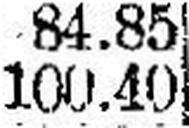
100.40